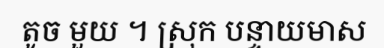
តូច មួយ ។ ស្រុក បន្ទាយមាស